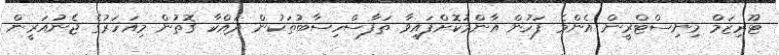
ޓޫރިޒަމް މިނިސްޓްރީން އެންމެ ފަހުން އާންމުކޮށްފައިވާ ތަފާސްހިސާބުތަކުން ދައްކާ ގޮތުން މިއަހަރުގެ ޖެނުއަރީން